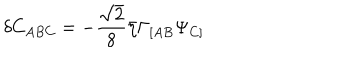
LaTeX: \delta C _ { A B C } = - { \frac { \sqrt 2 } { 8 } } \bar { \eta } \Gamma _ { [ A B } \Psi _ { C ] }